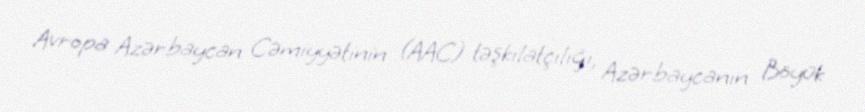
Avropa Azərbaycan Cəmiyyətinin (AAC) təşkilatçılığı, Azərbaycanın Böyük